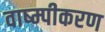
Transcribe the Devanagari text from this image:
वाष्म्पीकरण